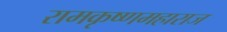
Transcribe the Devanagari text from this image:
रामकृष्णमहाराज